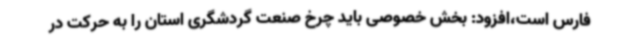
فارس است،افزود: بخش خصوصی باید چرخ صنعت گردشگری استان را به حرکت در